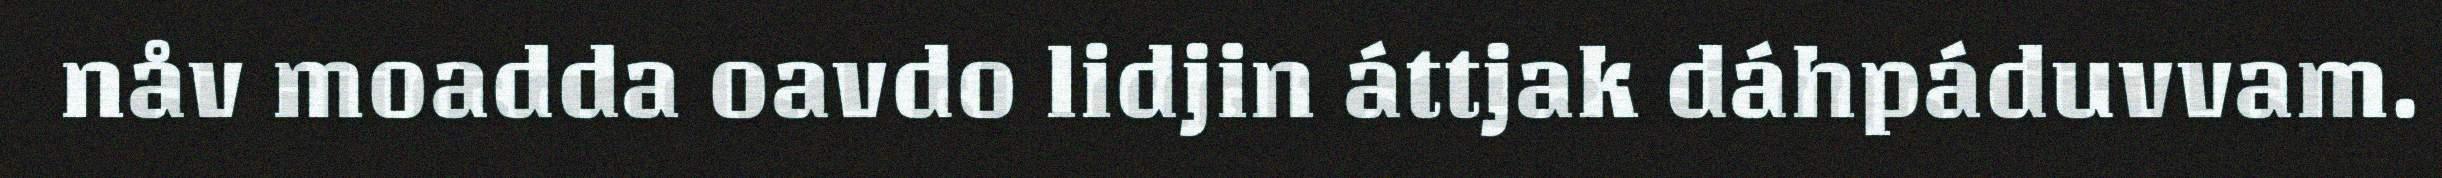
nåv moadda oavdo lidjin áttjak dáhpáduvvam.